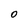
Character: O